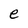
Character: e